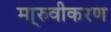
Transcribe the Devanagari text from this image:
मा्रुवीकरण